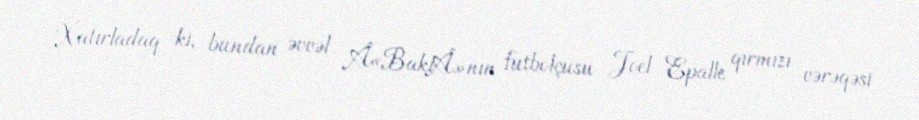
Xatırladaq ki, bundan əvvəl Â«BakıÂ»nın futbolçusu Joel Epalle qırmızı vərəqəsi